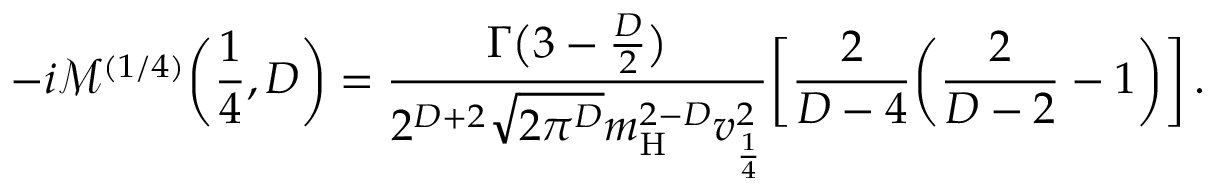
- i \mathcal { M } ^ { ( 1 / 4 ) } \bigg ( \frac { 1 } { 4 } , D \bigg ) = \frac { \Gamma \big ( 3 - \frac { D } { 2 } \big ) } { 2 ^ { D + 2 } \sqrt { 2 \pi ^ { D } } m _ { \mathrm { H } } ^ { 2 - D } v _ { \frac { 1 } { 4 } } ^ { 2 } } \bigg [ \frac { 2 } { D - 4 } \bigg ( \frac { 2 } { D - 2 } - 1 \bigg ) \bigg ] \, .